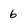
Character: 6